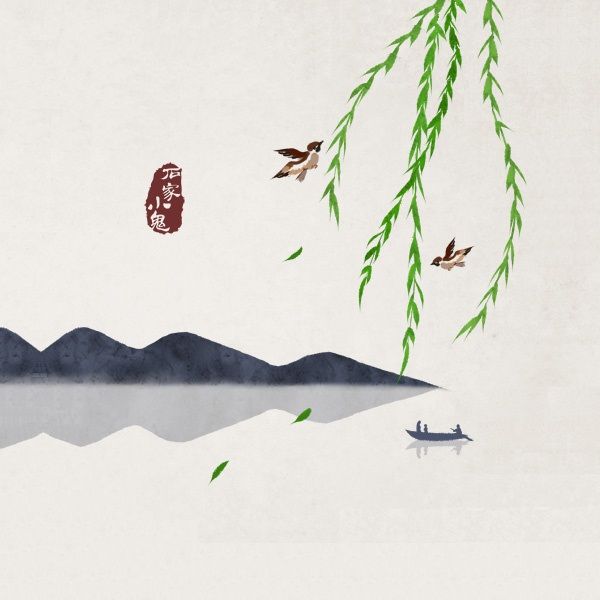
最爱湖东行不足，绿杨阴里白沙堤。